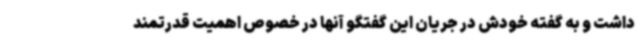
داشت و به گفته خودش در جریان این گفتگو آنها در خصوص اهمیت قدرتمند